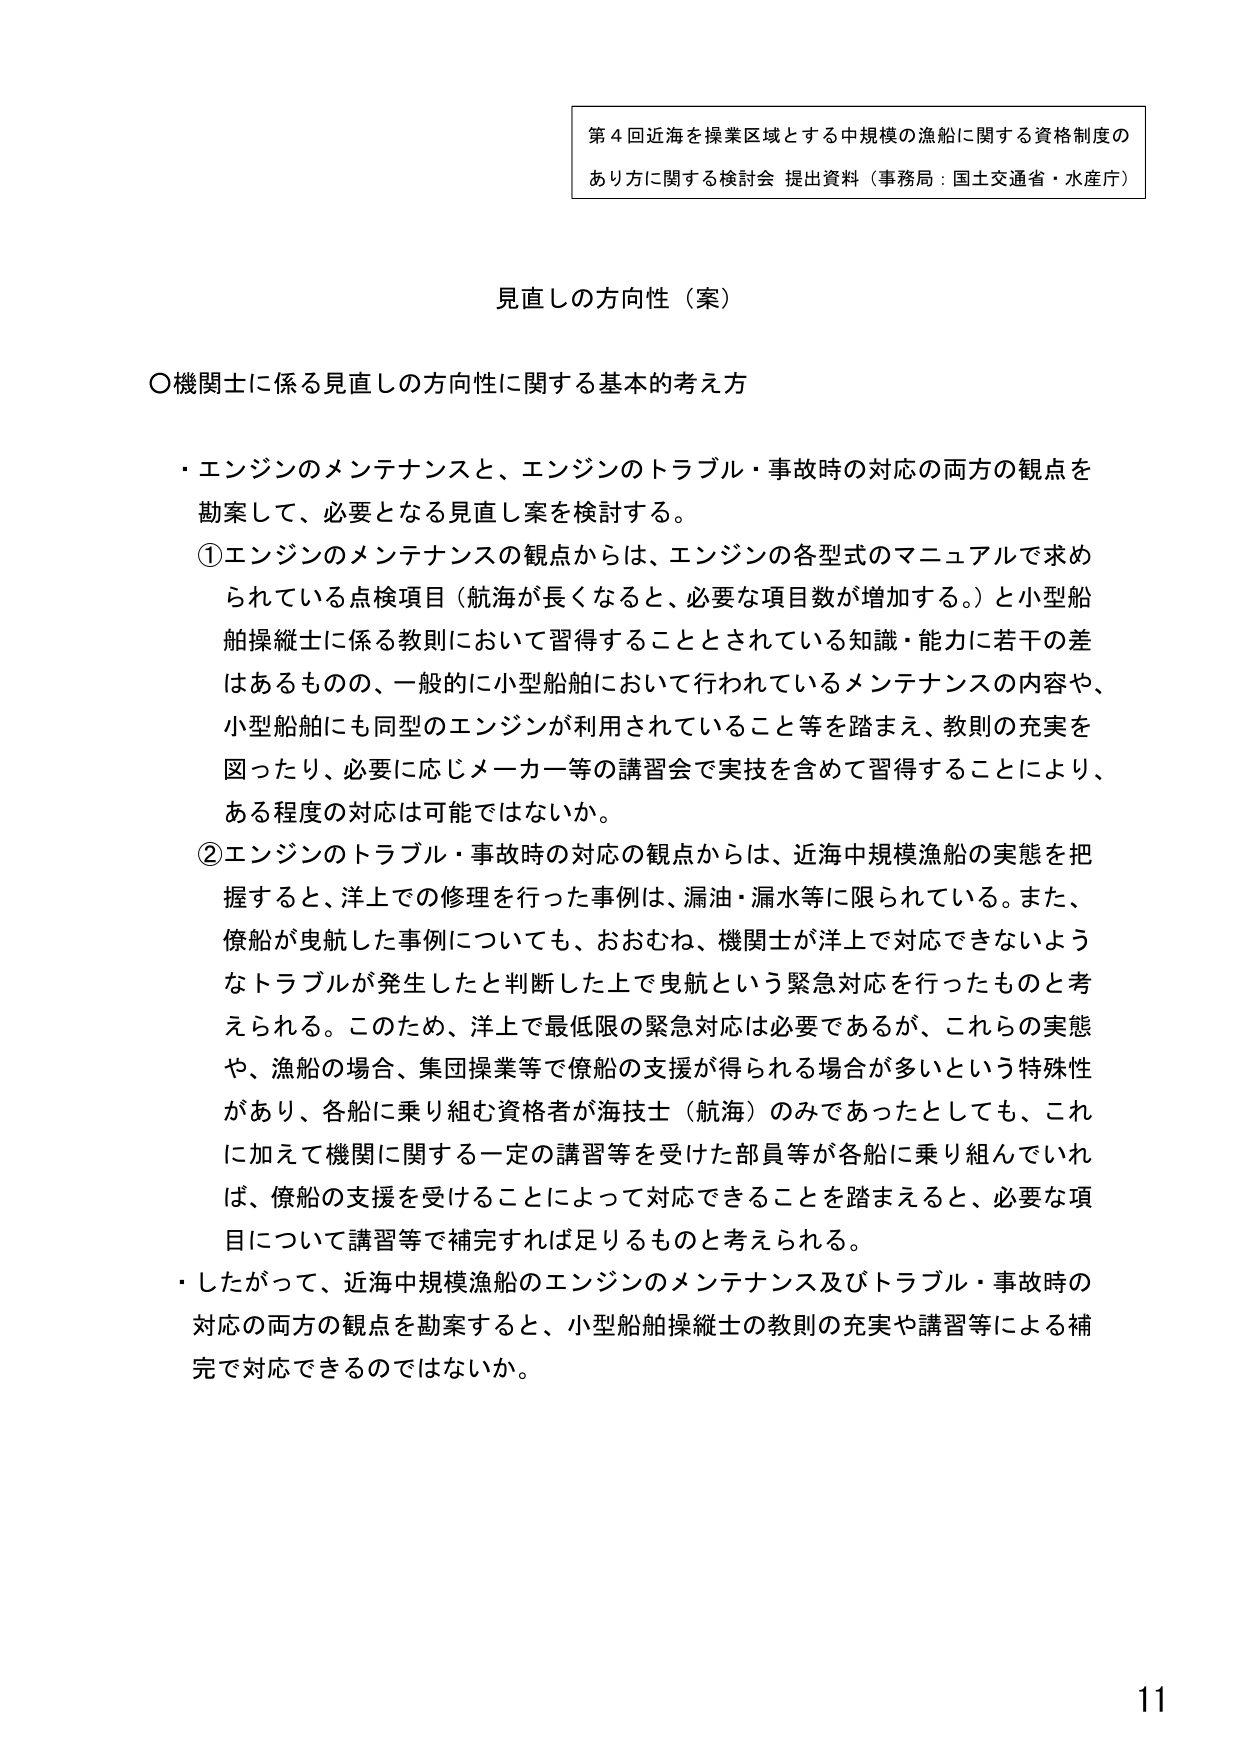
第４回近海を操業区域とする中規模の漁船に関する資格制度の
あり方に関する検討会 提出資料（事務局：国土交通省・水産庁）

見直しの方向性（案）

〇機関士に係る見直しの方向性に関する基本的考え方

・エンジンのメンテナンスと、エンジンのトラブル・事故時の対応の両方の観点を
勘案して、必要となる見直し案を検討する。
①エンジンのメンテナンスの観点からは、エンジンの各型式のマニュアルで求め
られている点検項目（航海が長くなると、必要な項目数が増加する。）と小型船
舶操縦士に係る教則において習得することとされている知識・能力に若干の差
はあるものの、一般的に小型船舶において行われているメンテナンスの内容や、
小型船舶にも同型のエンジンが利用されていること等を踏まえ、教則の充実を
図ったり、必要に応じメーカー等の講習会で実技を含めて習得することにより、
ある程度の対応は可能ではないか。
②エンジンのトラブル・事故時の対応の観点からは、近海中規模漁船の実態を把
握すると、洋上での修理を行った事例は、漏油・漏水等に限られている。また、
僚船が曳航した事例についても、おおむね、機関士が洋上で対応できないよう
なトラブルが発生したと判断した上で曳航という緊急対応を行ったものと考え
られる。このため、洋上で最低限の緊急対応は必要であるが、これらの実態
や、漁船の場合、集団操業等で僚船の支援が得られる場合が多いという特殊性
があり、各船に乗り組む資格者が海技士（航海）のみであったとしても、これ
に加えて機関に関する一定の講習等を受けた部員等が各船に乗り組んでいれ
ば、僚船の支援を受けることによって対応できることを踏まえると、必要な項
目について講習等で補完すれば足りるものと考えられる。
・したがって、近海中規模漁船のエンジンのメンテナンス及びトラブル・事故時の
対応の両方の観点を勘案すると、小型船舶操縦士の教則の充実や講習等による補
完で対応できるのではないか。

11